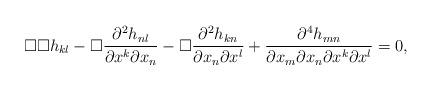
LaTeX: \begin{align*} \Box\Box h_{kl} - \Box\frac{\partial^2 h_{nl}}{\partial x^k \partial x_n} - \Box \frac{\partial^2 h_{kn}}{\partial x_n \partial x^l} + \frac{\partial^4 h_{mn}}{\partial x_m \partial x_n \partial x^k \partial x^l} = 0 ,\end{align*}